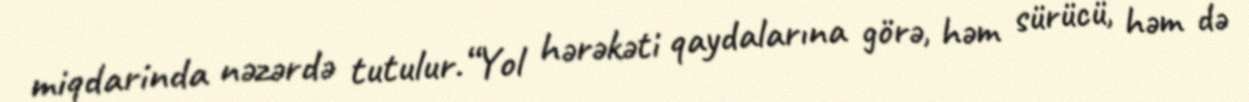
miqdarinda nəzərdə tutulur.“Yol hərəkəti qaydalarına görə, həm sürücü, həm də